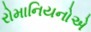
રોમાનિયનોએ